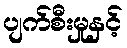
ပျက်စီးမှုနှင့်